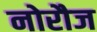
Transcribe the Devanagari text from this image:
नोरौज